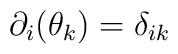
\partial_{i}(\theta_{k})=\delta_{ik}